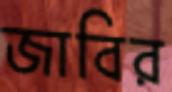
জাবির